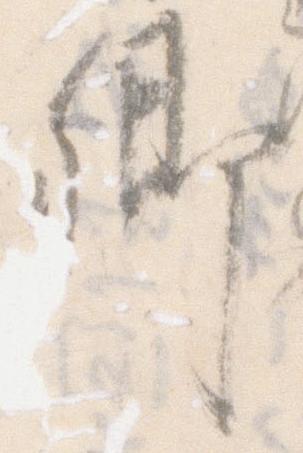
卿